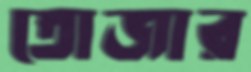
তোজার